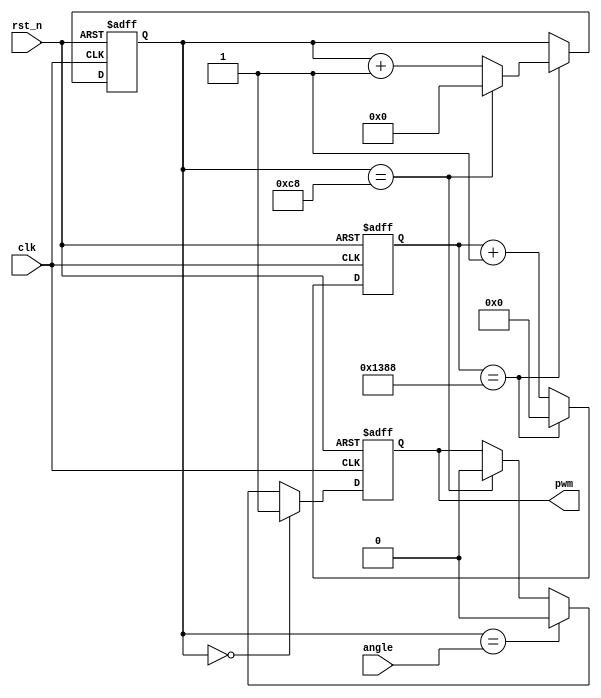
`timescale 1ns / 1ps
//////////////////////////////////////////////////////////////////////////////////
// Company: 
// Engineer: 
// 
// Design Name: 
// Module Name:    SG_90 
// Project Name: 
// Target Devices: 
// Tool versions: 
// Description: 
//
// Dependencies: 
//
// Revision: 
// Revision 0.01 - File Created
// Additional Comments: 
//
//////////////////////////////////////////////////////////////////////////////////
module SG_90(
	input clk,			//50Mhz
	input rst_n,
	input [7:0] angle,	//
	output reg pwm
    );
	
	reg [12:0] cnt1;
	reg [7:0]  cnt2;
	
	always@(posedge clk or negedge rst_n)begin		//cnt1 0.1ms 
		if(!rst_n)
			cnt1 <= 13'd0;
		else if(cnt1 == 13'd5_000)
			cnt1 <= 13'd0;
		else 
			cnt1 <= cnt1 + 1'b1;
	end
	
	always@(posedge clk or negedge rst_n)begin		//0.1ms
		if(!rst_n)
			cnt2 <= 8'd0;
		else if(cnt1 == 13'd5_000)begin
			if(cnt2 == 8'd200)
				cnt2 <= 8'd0;
			else 
				cnt2 <= cnt2 + 1'b1;
		end
		else 
			cnt2 <= cnt2;
	end
	
	always@(posedge clk or negedge rst_n)begin
		if(!rst_n)
			pwm <= 1'b1;
		else if(cnt2 == 8'd0)
			pwm <= 1'b1;
		else if(cnt2 == angle)
			pwm <= 1'b0;
		else if(cnt2 == 8'd200)
			pwm <= 1'b0;
		else 
			pwm <= pwm;
	end

endmodule